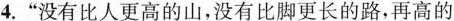
4.”没有比人更高的山，没有比脚更长的路，再高的